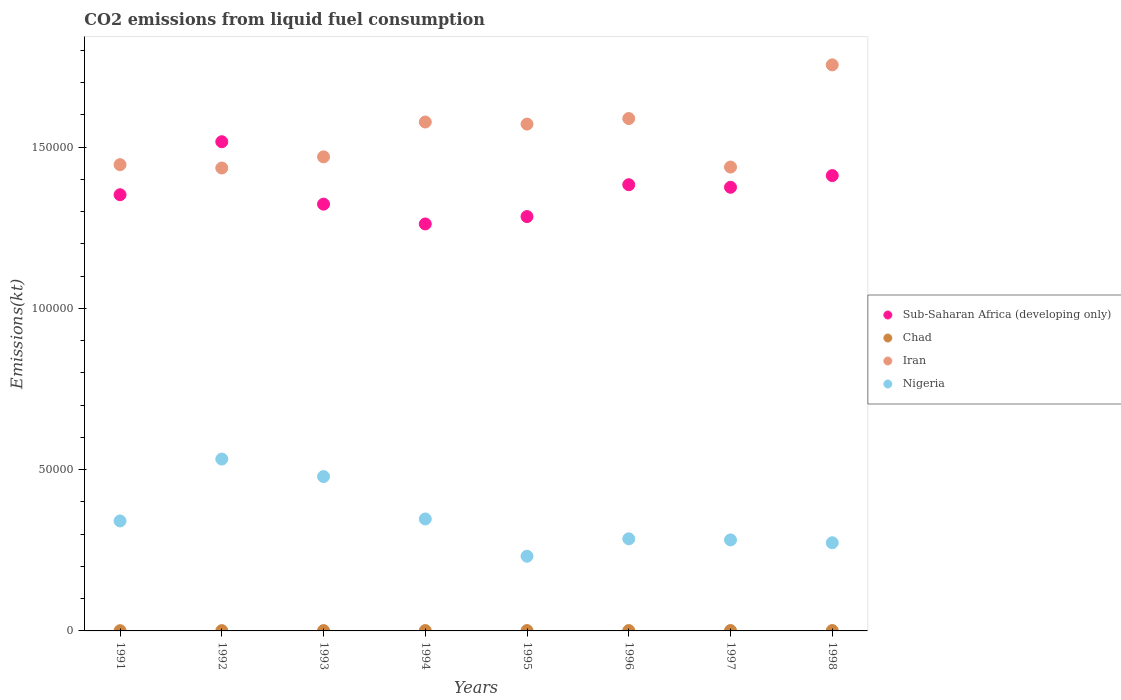
| Years | Sub-Saharan Africa (developing only) | Chad | Iran | Nigeria |
 | --- | --- | --- | --- | --- |
 | 1991 | 1.35e+05 | 69.7 | 1.45e+05 | 3.41e+04 |
 | 1992 | 1.52e+05 | 88 | 1.44e+05 | 5.33e+04 |
 | 1993 | 1.32e+05 | 99 | 1.47e+05 | 4.79e+04 |
 | 1994 | 1.26e+05 | 103 | 1.58e+05 | 3.47e+04 |
 | 1995 | 1.28e+05 | 103 | 1.57e+05 | 2.32e+04 |
 | 1996 | 1.38e+05 | 106 | 1.59e+05 | 2.86e+04 |
 | 1997 | 1.38e+05 | 114 | 1.44e+05 | 2.82e+04 |
 | 1998 | 1.41e+05 | 114 | 1.75e+05 | 2.73e+04 |